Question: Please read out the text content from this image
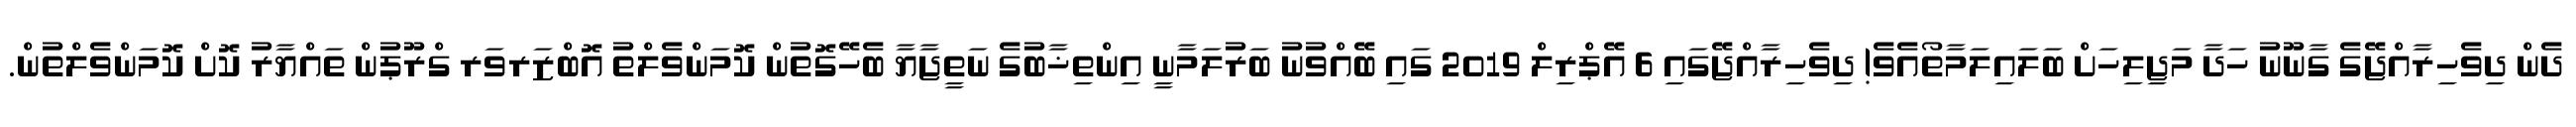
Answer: ދެން ދިވެހިރާއްޖޭގެ ގާނޫނު ހަދާ މަޖިލިހަށް ބަލައިލަމާތޯއެވެ! ދިވެހިރާއްޖޭގައި 6 އޭޕްރިލް 2019 ގައި ބޭއްވުނު ބަރުލަމާނީ އިންތިޚާބުގެ ނަތީޖާޔާ ބެހޭގޮތުން ކޮމަންވެލްތު އޮބްޒަރވަރ ގްރޫޕުން ތައްޔާރު ކޮށް ކޮމަންވެލްތުން.